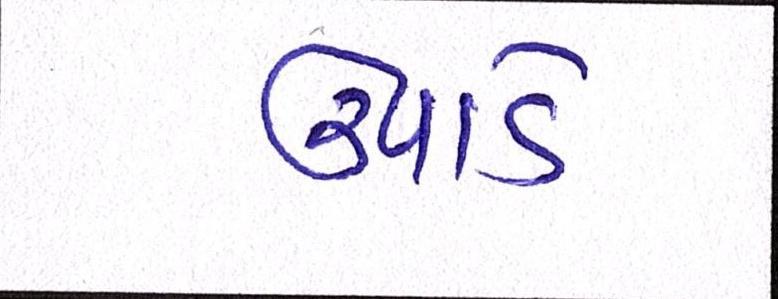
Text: ઉપાડે